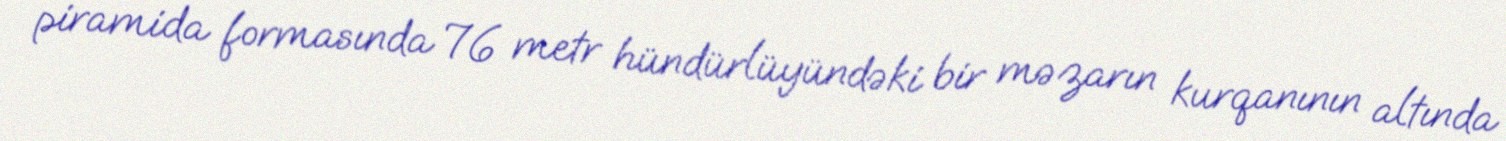
piramida formasında 76 metr hündürlüyündəki bir məzarın kurqanının altında